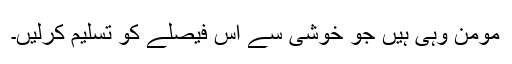
مومن وہی ہیں جو خوشی سے اس فیصلے کو تسلیم کرلیں۔